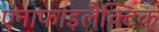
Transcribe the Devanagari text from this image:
एनाफाइलैक्टिक